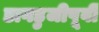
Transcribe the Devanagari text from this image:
डागडुजीपूर्वी